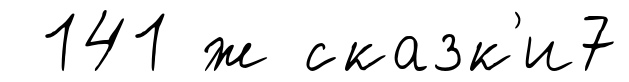
141 ́ж сказк'и7